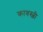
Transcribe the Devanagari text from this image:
कावस्जी